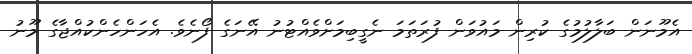
އެމޫނަން ބަލާލުމުގެ ކުރިން މައުވަން ފުރަތަމަ ނެގީބިމަށްވެއްޓުނު އޭނަގެ ފޯނެވެ. އެހަންހެންކުއްޖާގެ މޫނު